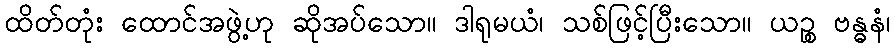
ထိတ်တုံး ထောင်အဖွဲ့ဟု ဆိုအပ်သော။ ဒါရုမယံ၊ သစ်ဖြင့်ပြီးသော။ ယဉ္စ ဗန္ဓနံ၊